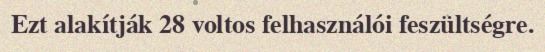
Ezt alakítják 28 voltos felhasználói feszültségre.